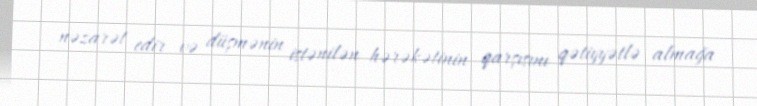
nəzarət edir və düşmənin istənilən hərəkətinin qarşısını qətiyyətlə almağa